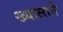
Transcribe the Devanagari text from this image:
ख्यालाने